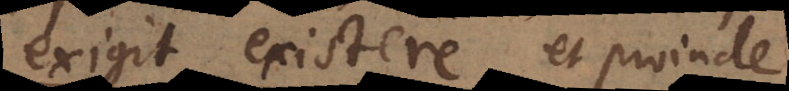
exigit existere, et proinde